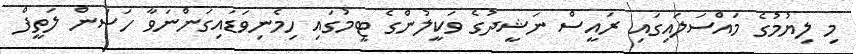
މި ލިޔުމުގެ މައްސަލައިގައި ރައީސް ނަޝީދުގެ ވަކީލުންގެ ޓީމުގައި ހިމެނިވަޑައިގަންނަވާ ހަސަން ލަތީފް